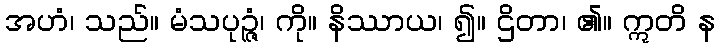
အဟံ၊ သည်။ မံသပုဉ္ဇံ၊ ကို။ နိဿာယ၊ ၍။ ဌိတာ၊ ၏။ ဣတိ န